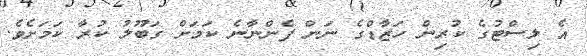
އެ ލިސްޓުގެ ކުރިން ހަޒާޑްގެ ނަން ފެންނާނެ ކަމަށް ގަބޫލު ކުރާ ކަމަށެވެ.